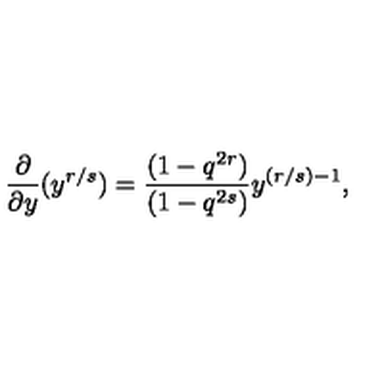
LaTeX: \frac { \partial } { \partial y } ( y ^ { r / s } ) = \frac { ( 1 - q ^ { 2 r } ) } { ( 1 - q ^ { 2 s } ) } y ^ { ( r / s ) - 1 } ,